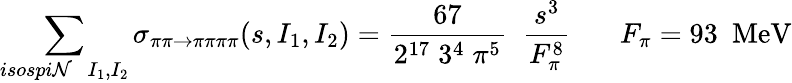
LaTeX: \sum_{isospi\mathcal{N}\; \; I_{1},I_{2}}\sigma_{\pi\pi\rightarrow\pi\pi\pi\pi}(s,I_{1},I_{2})=\frac{{67}}{{2^{17}\; 3^{4}\; \pi^{5}}}\; \; \frac{{s^{3}}}{{F_{\pi}^{8}}}~~~~~~~F_{\pi}=93~~\mathrm{{MeV}}